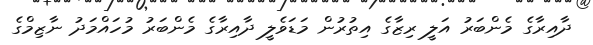
ދާއިރާގެ މެންބަރު އަލީ ރިޒާގެ އިތުރުން މަޑަވެލީ ދާއިރާގެ މެންބަރު މުހައްމަދު ނާޒިމްގެ